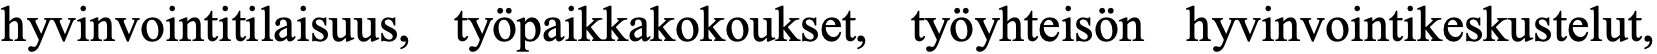
hyvinvointitilaisuus, työpaikkakokoukset, työyhteisön hyvinvointikeskustelut,